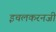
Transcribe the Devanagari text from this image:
इचलकरनजी